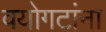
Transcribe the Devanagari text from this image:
वयोगटांना